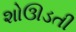
શોઊડતી